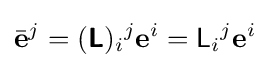
{\bar {\mathbf {e} }}^{j}=({\boldsymbol {\mathsf {L}}})_{i}{}^{j}\mathbf {e} ^{i}={\mathsf {L}}_{i}{}^{j}\mathbf {e} ^{i}